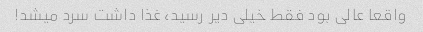
واقعا عالی بود فقط خیلی دیر رسید، غذا داشت سرد میشد!